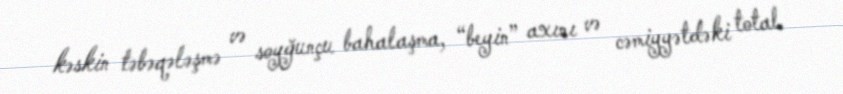
kəskin təbəqələşmə və soyğunçu bahalaşma, “beyin” axını və cəmiyyətdəki total